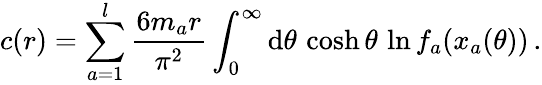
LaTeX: c(r)=\sum_{a=1}^{l}\frac{6m_{a}r}{\pi^{2}}\int_{0}^{\infty}\mathrm{d}\theta\, \cosh\theta\, \ln f_{a}(x_{a}(\theta))\, .